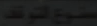
مراجع-النظام